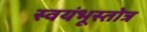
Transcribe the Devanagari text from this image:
स्वयंभूस्तोत्र